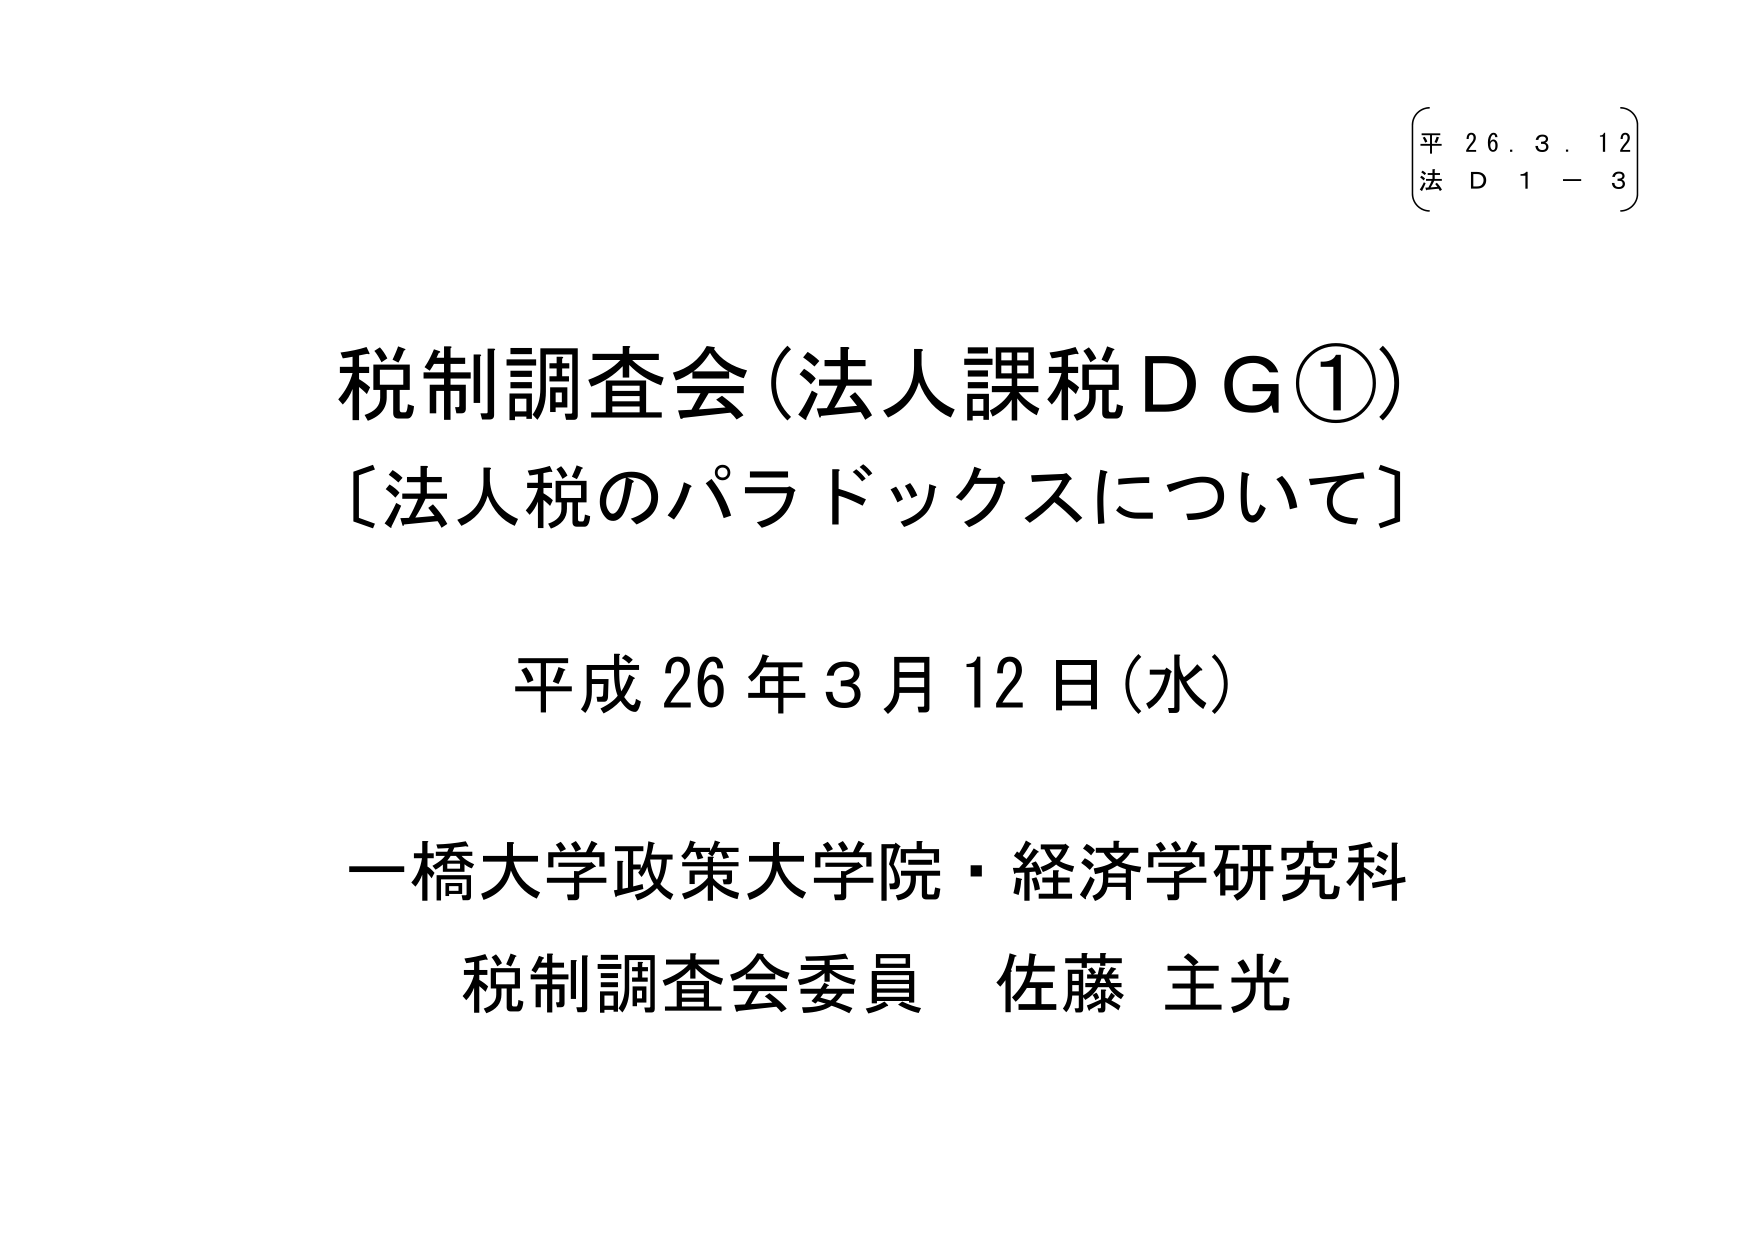
平 26.3.12
法 D 1 - 3

税制調査会（法人課税ＤＧ①）
〔法人税のパラドックスについて〕

平成26年3月12日（水）

一橋大学政策大学院・経済学研究科
税制調査会委員 佐藤 主光